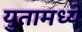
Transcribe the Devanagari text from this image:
युतामध्ये